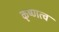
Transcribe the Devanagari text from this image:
कृष्णत्व